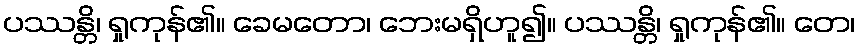
ပဿန္တိ၊ ရှုကုန်၏။ ခေမတော၊ ဘေးမရှိဟူ၍။ ပဿန္တိ၊ ရှုကုန်၏။ တေ၊